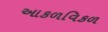
આકળવિકળ